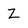
Character: Z